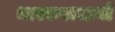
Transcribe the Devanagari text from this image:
भास्कराचार्यो